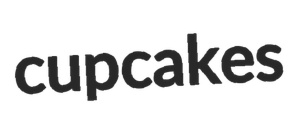
cupcakes